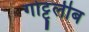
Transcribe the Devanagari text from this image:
गोट्ट्लीब